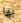
بها